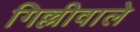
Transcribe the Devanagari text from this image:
गिल्लीवाले